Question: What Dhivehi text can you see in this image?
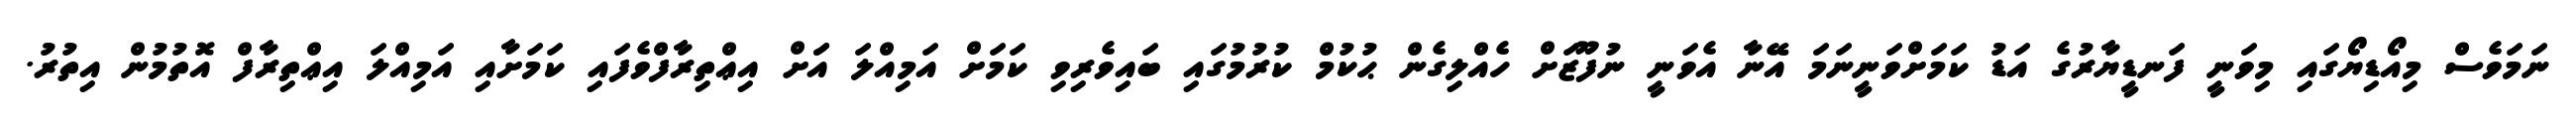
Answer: ނަމަވެސް މިއޯޑިޔޯގައި މިވަނީ ފަނޑީޔާރުގެ އަޑު ކަމަށްވަނީނަމަ އޭނާ އެވަނީ ނުފޫޒަށް ހެއްލިގެން ޙުކުމް ކުރުމުގައި ބައިވެރިވި ކަމަށް އަމިއްލަ އަަށް އިޢްތިރާފްވެފައި ކަމަށާއި އަމިއްލަ އިޢްތިރާފް އޮތުމުން އިތުރު.